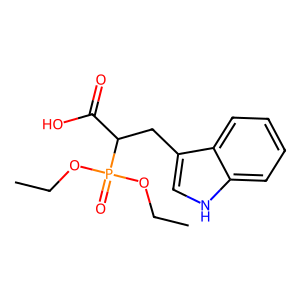
SMILES: CCOP(=O)(OCC)C(Cc1c[nH]c2ccccc12)C(=O)O
Inhibits HIV replication: No